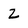
Character: z